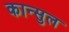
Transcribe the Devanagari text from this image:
कान्सुल